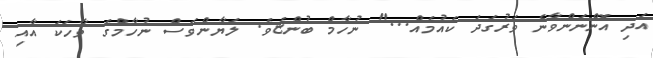
އަދި އޮންނަންވާނެ ވަރުގަދަ ކެއުމެއް..." ނުހާމް ބުންޏެވެ. ލަޔާންވެސް ނުހާމްގެ ވާހަކަ އާއި